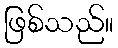
ဖြစ်သည်။